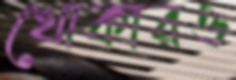
খোকারও